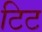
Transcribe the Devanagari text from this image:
टिट